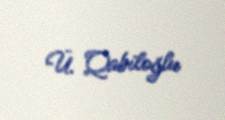
Ü. Qabiloğlu